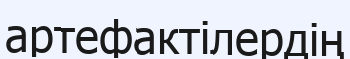
артефактілердің